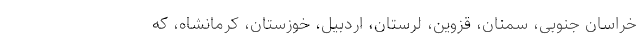
خراسان جنوبی، سمنان، قزوین، لرستان، اردبیل، خوزستان، کرمانشاه، که